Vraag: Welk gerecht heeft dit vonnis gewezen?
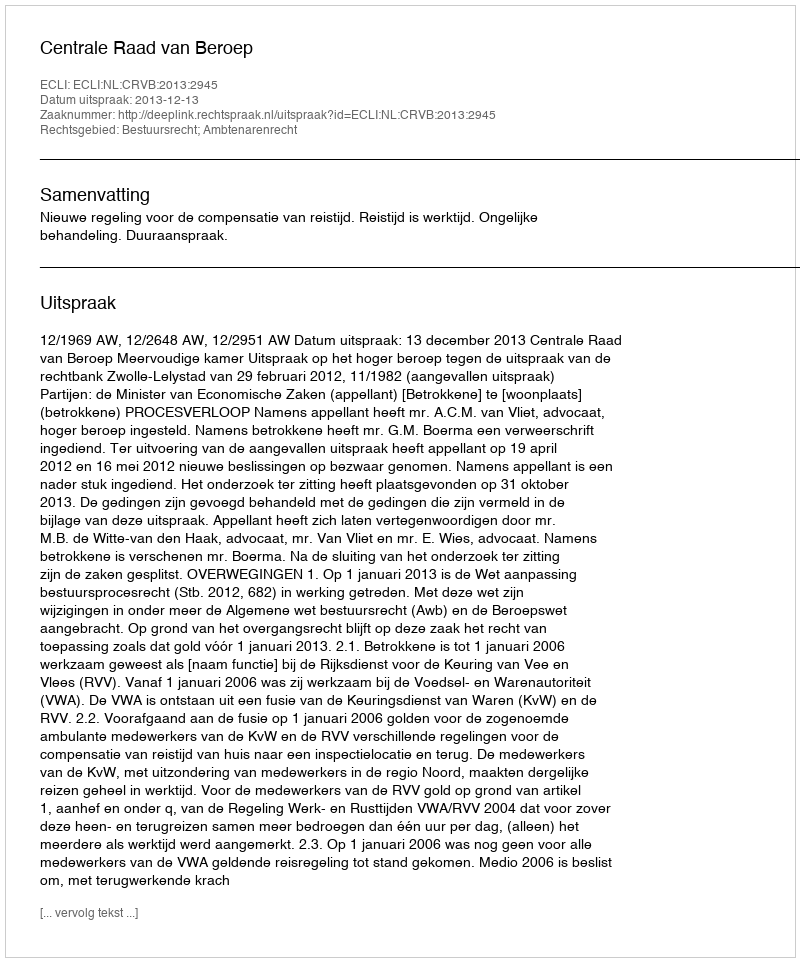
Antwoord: Centrale Raad van Beroep